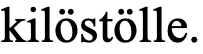
kilöstölle.